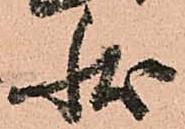
状